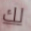
لك